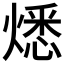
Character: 𤎕